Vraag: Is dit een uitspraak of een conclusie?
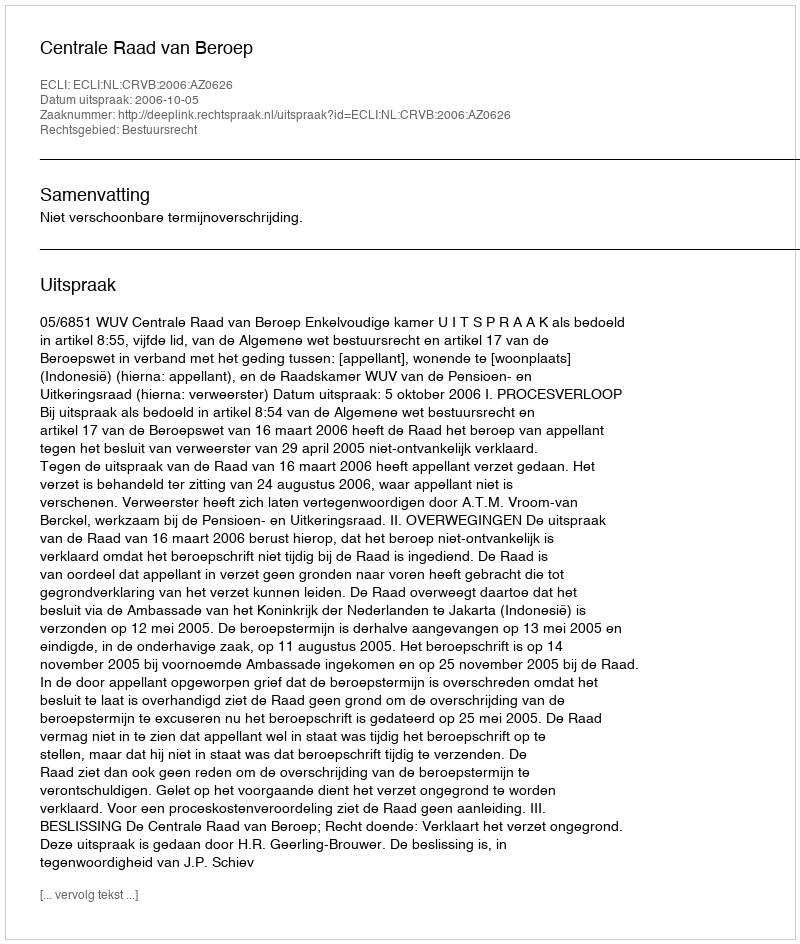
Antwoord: Uitspraak